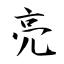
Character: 亮